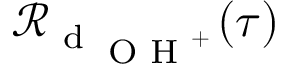
\mathcal { R } _ { \textrm { d } _ { \textrm { \scriptsize O H } ^ { + } } } ( \tau )